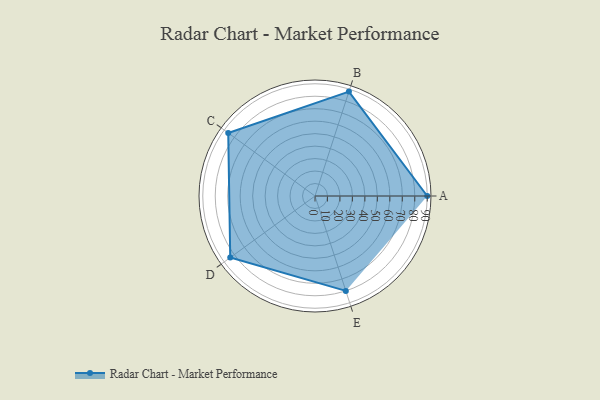
{"axis": {"x": "Skill", "y": "Score"}, "legend": ["Profile"], "data": [{"x": "A", "y": 90.0, "type": "Profile"}, {"x": "B", "y": 88.0, "type": "Profile"}, {"x": "C", "y": 86.0, "type": "Profile"}, {"x": "D", "y": 84.0, "type": "Profile"}, {"x": "E", "y": 80.0, "type": "Profile"}]}